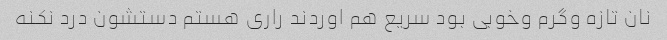
نان تازه وگرم وخوبی بود سریع هم اوردند راری هستم دستشون درد نکنه